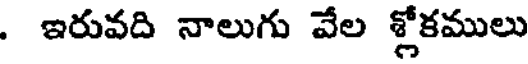
. ఇరువది నాలుగు వేల శ్లోకములు